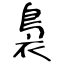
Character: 裊